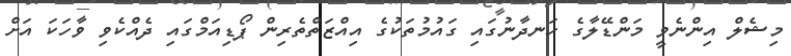
މިޝެލް އިންނެވީ މަންޑޭލާގެ ހަނދާނުގައި ގައުމުތަކުގެ އިއްޒަތްތެރިން ޕޯޑިއަމްގައި ދެއްކެވި ވާހަކަ އަށް